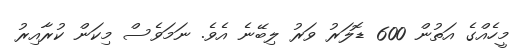
މީހެއްގެ އަތުން 600 ޑޮލަރު ވަރު ލިބޭނެ އެވެ. ނަމަވެސް މިކަން ކުރާއިރު